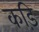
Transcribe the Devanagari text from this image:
कड़ि